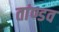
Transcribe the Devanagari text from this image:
तांण्डव